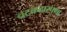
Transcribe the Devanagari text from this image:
चटकदारपणा